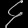
Digit: ၄